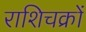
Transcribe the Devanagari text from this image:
राशिचक्रों